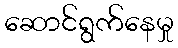
ဆောင်ရွက်နေမှု